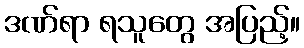
ဒဏ်ရာ ရသူတွေ အပြည့်။